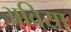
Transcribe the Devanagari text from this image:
अविया